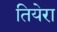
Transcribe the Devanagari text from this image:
तियेरा